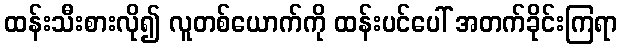
ထန်းသီးစားလို၍ လူတစ်ယောက်ကို ထန်းပင်ပေါ် အတက်ခိုင်းကြရာ